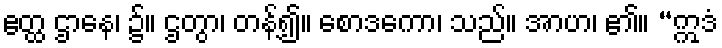
ဧတ္ထ ဌာနေ၊ ၌။ ဌတွာ၊ တန့်၍။ စောဒကော၊ သည်။ အာဟ၊ ၏။ “ဣဒံ